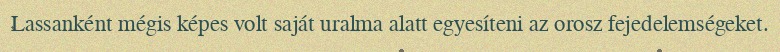
Lassanként mégis képes volt saját uralma alatt egyesíteni az orosz fejedelemségeket.